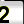
Digit: 2